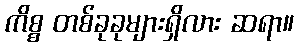
ကိစ္စ တစ်ခုခုများရှိလား ဆရာ။